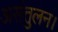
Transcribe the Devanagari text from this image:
असंतुलन।